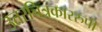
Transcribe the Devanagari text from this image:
उत्तरचित्रकाररुपी